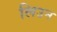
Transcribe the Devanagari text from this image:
लिउन